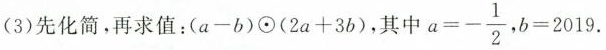
(3)先化简，再求值：$$( a - b ) ⊙ ( 2 a + 3 b )$$，其中 $$a = - \frac { 1 } { 2 }$$，$$b = 2 0 1 9$$.